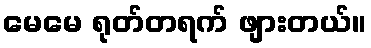
မေမေ ရုတ်တရက် ဖျားတယ်။